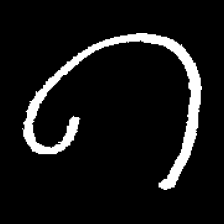
Pyu character \u2014 Myanmar letter: ဂ (romanized: ga)